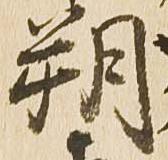
朔